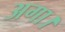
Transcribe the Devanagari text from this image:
अगा।